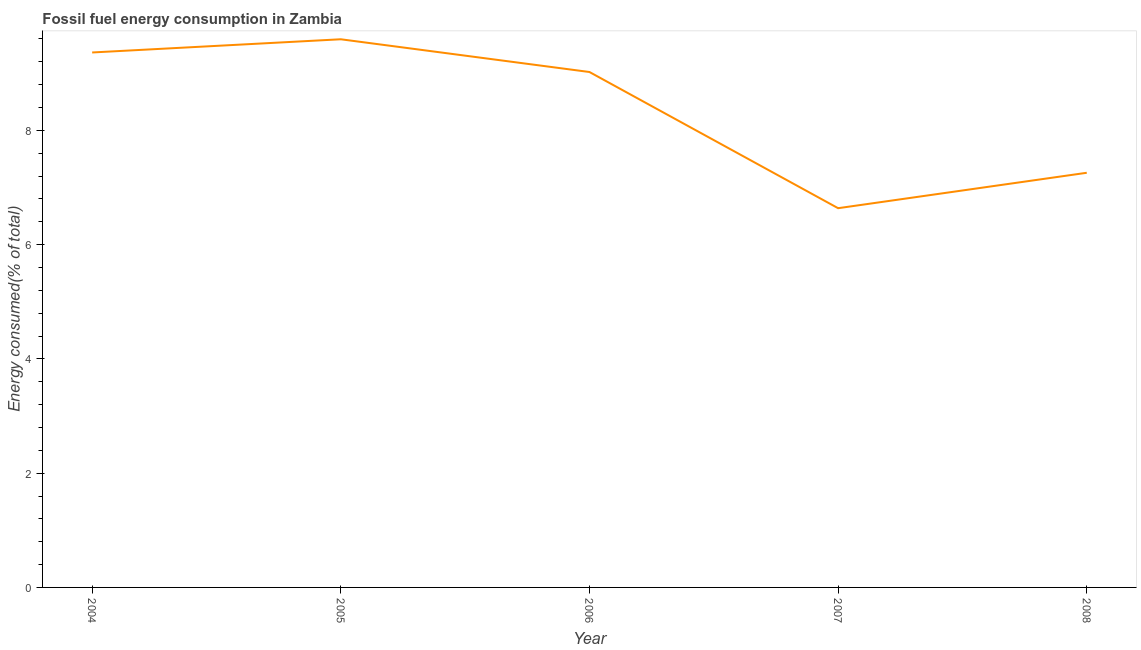
| Year | Fossil fuel energy consumption (% of total) |
 | --- | --- |
 | 2004 | 9.36 |
 | 2005 | 9.59 |
 | 2006 | 9.02 |
 | 2007 | 6.64 |
 | 2008 | 7.26 |